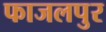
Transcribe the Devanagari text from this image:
फाजलपुर